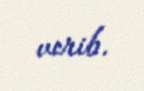
verib.